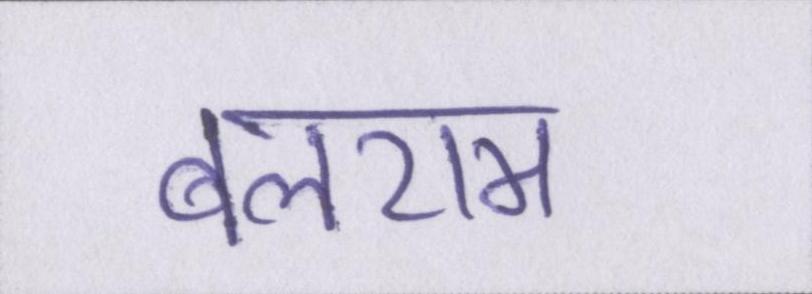
बलराम